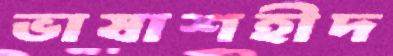
ভাষাশহীদ